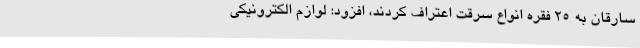
سارقان به 25 فقره انواع سرقت اعتراف کردند، افزود: لوازم الکترونیکی